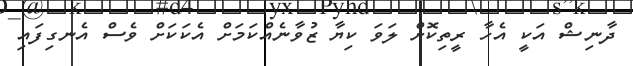
ދާނިޝް އަކީ އެހާ ރީތިކޮށް ލަވަ ކިޔާ ޒުވާނެއްކަމަށް އެކަކަށް ވެސް އެނގިފައި